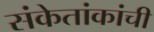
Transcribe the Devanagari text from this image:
संकेतांकांची